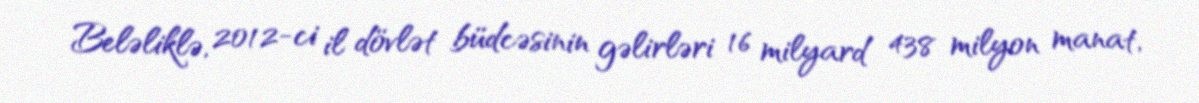
Beləliklə, 2012-ci il dövlət büdcəsinin gəlirləri 16 milyard 438 milyon manat,